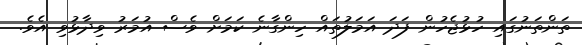
ތަންތަނުގައި ހުޅުޖެހުން ފަދަ އަމަލުތައް ހިންގާނެ ކަމަށް ވެސް އުމަރު ވިދާޅުވި އެވެ.